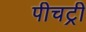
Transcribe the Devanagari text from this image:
पीचट्री